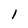
Character: l